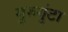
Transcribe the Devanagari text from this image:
गुरुगुंटा